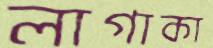
লাগাকা